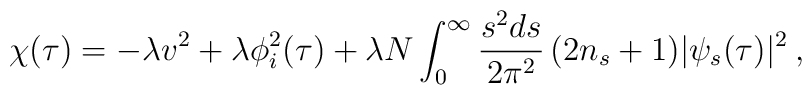
\chi(\tau) = - \lambda v^2 + \lambda \phi_i^2(\tau) + \lambda N      \int_0^{\infty} \frac { s^2 d s }{ 2 \pi^2 } \, ( 2 n_s + 1 ) |      \psi_s(\tau) |^2 \>,